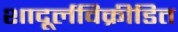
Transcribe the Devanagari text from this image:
शादूर्लविक्रीडित